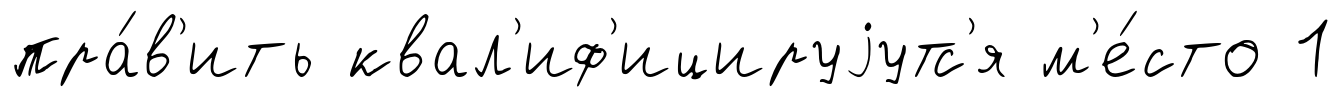
пра́в'ить квал'иф'ицируjутс'я м'е́сто 1